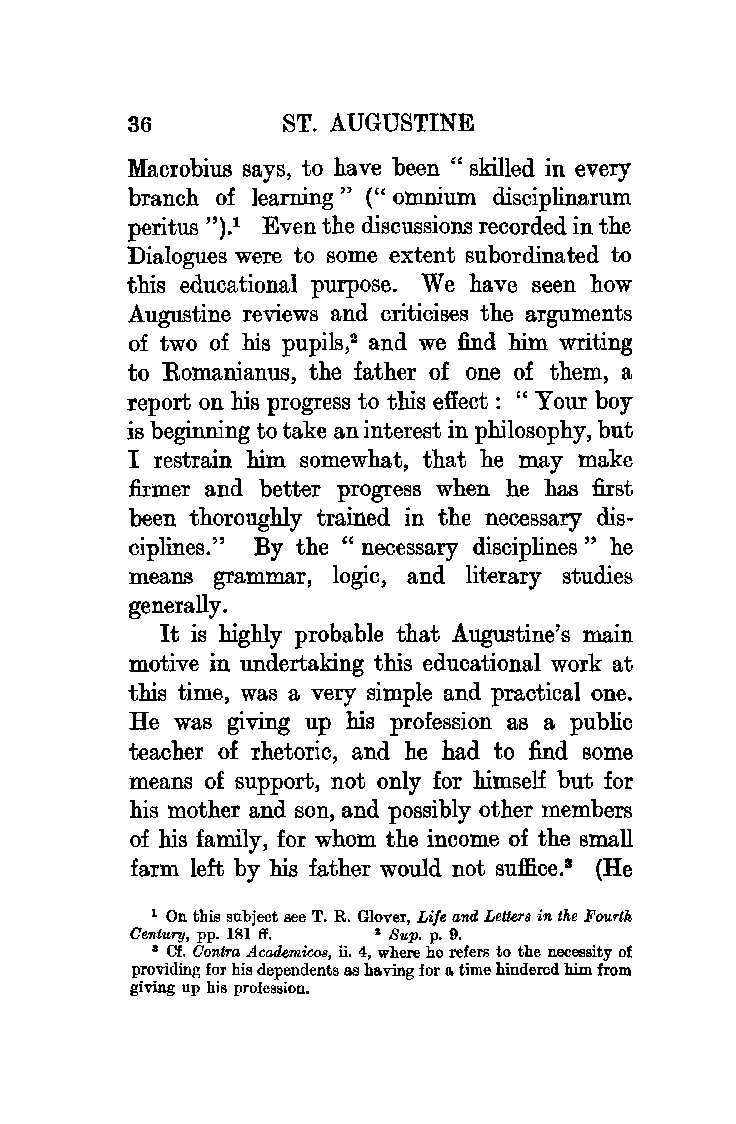
36        ST. AUGUSTINE
 Macrobius says, to have been "skilled in every
 branch of learning" (" omni.um disciplinarum
 peritus ").1 Even the discussions recorded in the
 Dialogues were to some extent subordinated to
 this educational purpose. We have seen how
 Augustine reviews and criticises the arguments
 of two of his pupils,2 and we find him writing
 to Romani.anus, the father of one of them, a
 report on his progress to this effect : " Your boy
 is beginning to take an interest in philosophy, but
 I restrain him somewhat, that he may make
 firmer and better progress when he has first
 been thoroughly trained in the necessary dis
 ciplines.'' By the " necessary disciplines " he
 means grammar, logic, and literary studies
 generally.
 It is highly probable that Augustine's main
 motive in undertaking this educational work at
 this time, was a very simple and practical one.
 He was giving up his profession as a public
 teacher of rhetoric, and he had to find some
 means of support, not only for himself but for
 his mother and son, and possibly other members
 of his family, for whom the income of the small
 farm left by his father would not suffice.3 (He
 1 On this subject see T. R. Glover, Life and Letters in the Fourth
 Century, pp. 181 ff. : Sup. p. 9.
 8 Cf. Contra Academicos, ii. 4, where he refers to the necessity of
 providing for his dependents as having for a. time hindered him from
 giving up his profession.